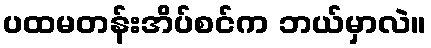
ပထမတန်းအိပ်စင်က ဘယ်မှာလဲ။